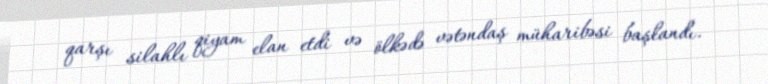
qarşı silahlı qiyam elan etdi və ölkədə vətəndaş müharibəsi başlandı.